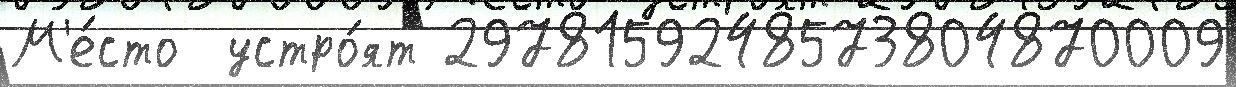
М'е́сто  устро́ят 2978159248573804870009